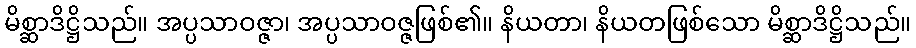
မိစ္ဆာဒိဋ္ဌိသည်။ အပ္ပသာဝဇ္ဇာ၊ အပ္ပသာဝဇ္ဇဖြစ်၏။ နိယတာ၊ နိယတဖြစ်သော မိစ္ဆာဒိဋ္ဌိသည်။